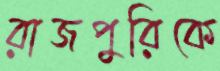
রাজপুরিকে